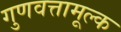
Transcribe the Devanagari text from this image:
गुणवत्तामूल्क